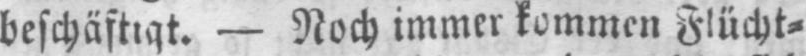
beschäftigt. - Noch immer kommen Flücht⸗